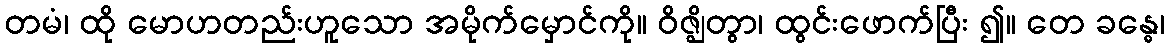
တမံ၊ ထို မောဟတည်းဟူသော အမိုက်မှောင်ကို။ ဝိဇ္ဈိတွာ၊ ထွင်းဖောက်ပြီး ၍။ တေ ခန္ဓေ၊